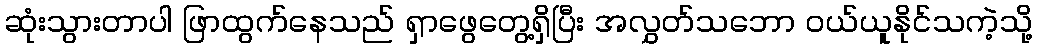
ဆုံးသွားတာပါ ဖြာထွက်နေသည် ရှာဖွေတွေ့ရှိပြီး အလွှတ်သဘော ဝယ်ယူနိုင်သကဲ့သို့